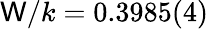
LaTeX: \mathsf{W}/k=0.3985(4)